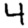
Digit: 4